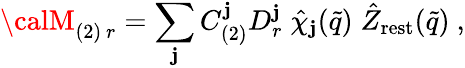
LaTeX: {\calM}_{(2)\ r}=\sum_{\mathbf{j}}C_{(2)}^{\mathbf{j}}D_{r}^{\mathbf{j}}\; \hat{{\chi}}_{\mathbf{j}}(\tilde{{q}})\; \hat{{Z}}_{\mathrm{{rest}}}(\tilde{{q}})\ ,